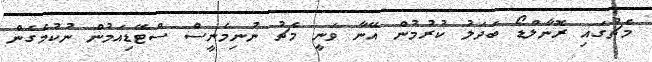
މެޗުގައި ރޮނާލްޑޯ ބަދަލު ކުރުމުން އޭނާ ވަނީ މެޗު ނުނިމެނީސް ސްޓޭޑިއަމުން ނުކުމެގެން